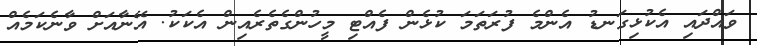
ވައްދައި އެކުޅިގަނޑު އެންމެ ފުރަތަމަ ކުޅެން ފެއްޓި މީހުންގެތެރެއިން އެކަކު. އޭނާއަށް ވާނެކަމެއް